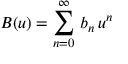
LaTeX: B ( u ) = \sum _ { n = 0 } ^ { \infty } \, b _ { n } \, u ^ { n } \,